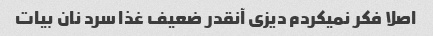
اصلا فکر نمیکردم دیزی آنقدر ضعیف غذا سرد نان بیات